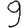
Digit: 9